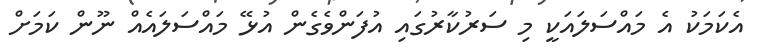
އެކަމަކު އެ މައްސަލައަކީ މި ސަރުކާރުގައި އުފަންވެގެން އުޅޭ މައްސަލައެއް ނޫން ކަމަށް